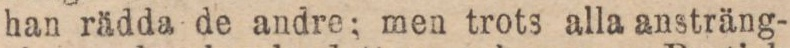
han rädda de andre; men trots alla ansträng-